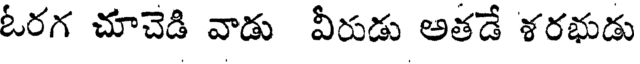
ఓరగ చూచెడి వాడు వీరుడు అతడే శరభుడు